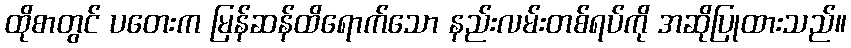
ထိုစာတွင် ပတေးက မြန်ဆန်ထိရောက်သော နည်းလမ်းတစ်ရပ်ကို အဆိုပြုထားသည်။